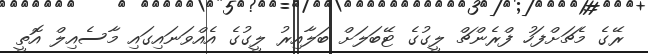
ރޭގެ މެޗަށްފަހު ފްރެންޗް ލީގުގެ ޓޭބަލަށް ބަލާއިރު ލީގުގެ އެއްވަނައިގައި މާސެއިލް އޮތީ